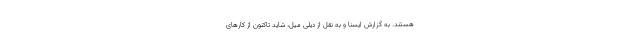
هستند. به گزارش ایسنا و به نقل از دیلی میل، شاید تاکنون از کارهای